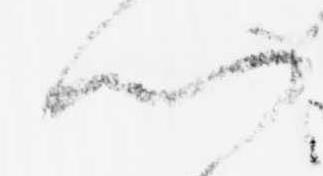
門